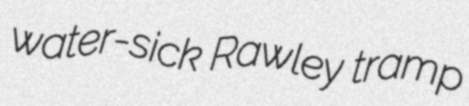
water-sick Rawley tramp